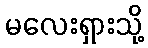
မလေးရှားသို့